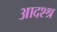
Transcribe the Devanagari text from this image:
आदश्श्र